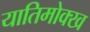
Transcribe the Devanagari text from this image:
यातिमोक्ख